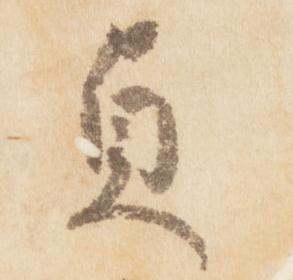
貞